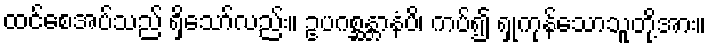
ထင်စေအပ်သည် ရှိသော်လည်း။ ဥပဂစ္ဆန္တာနံပိ၊ ကပ်၍ ရှုကုန်သောသူတို့အား။